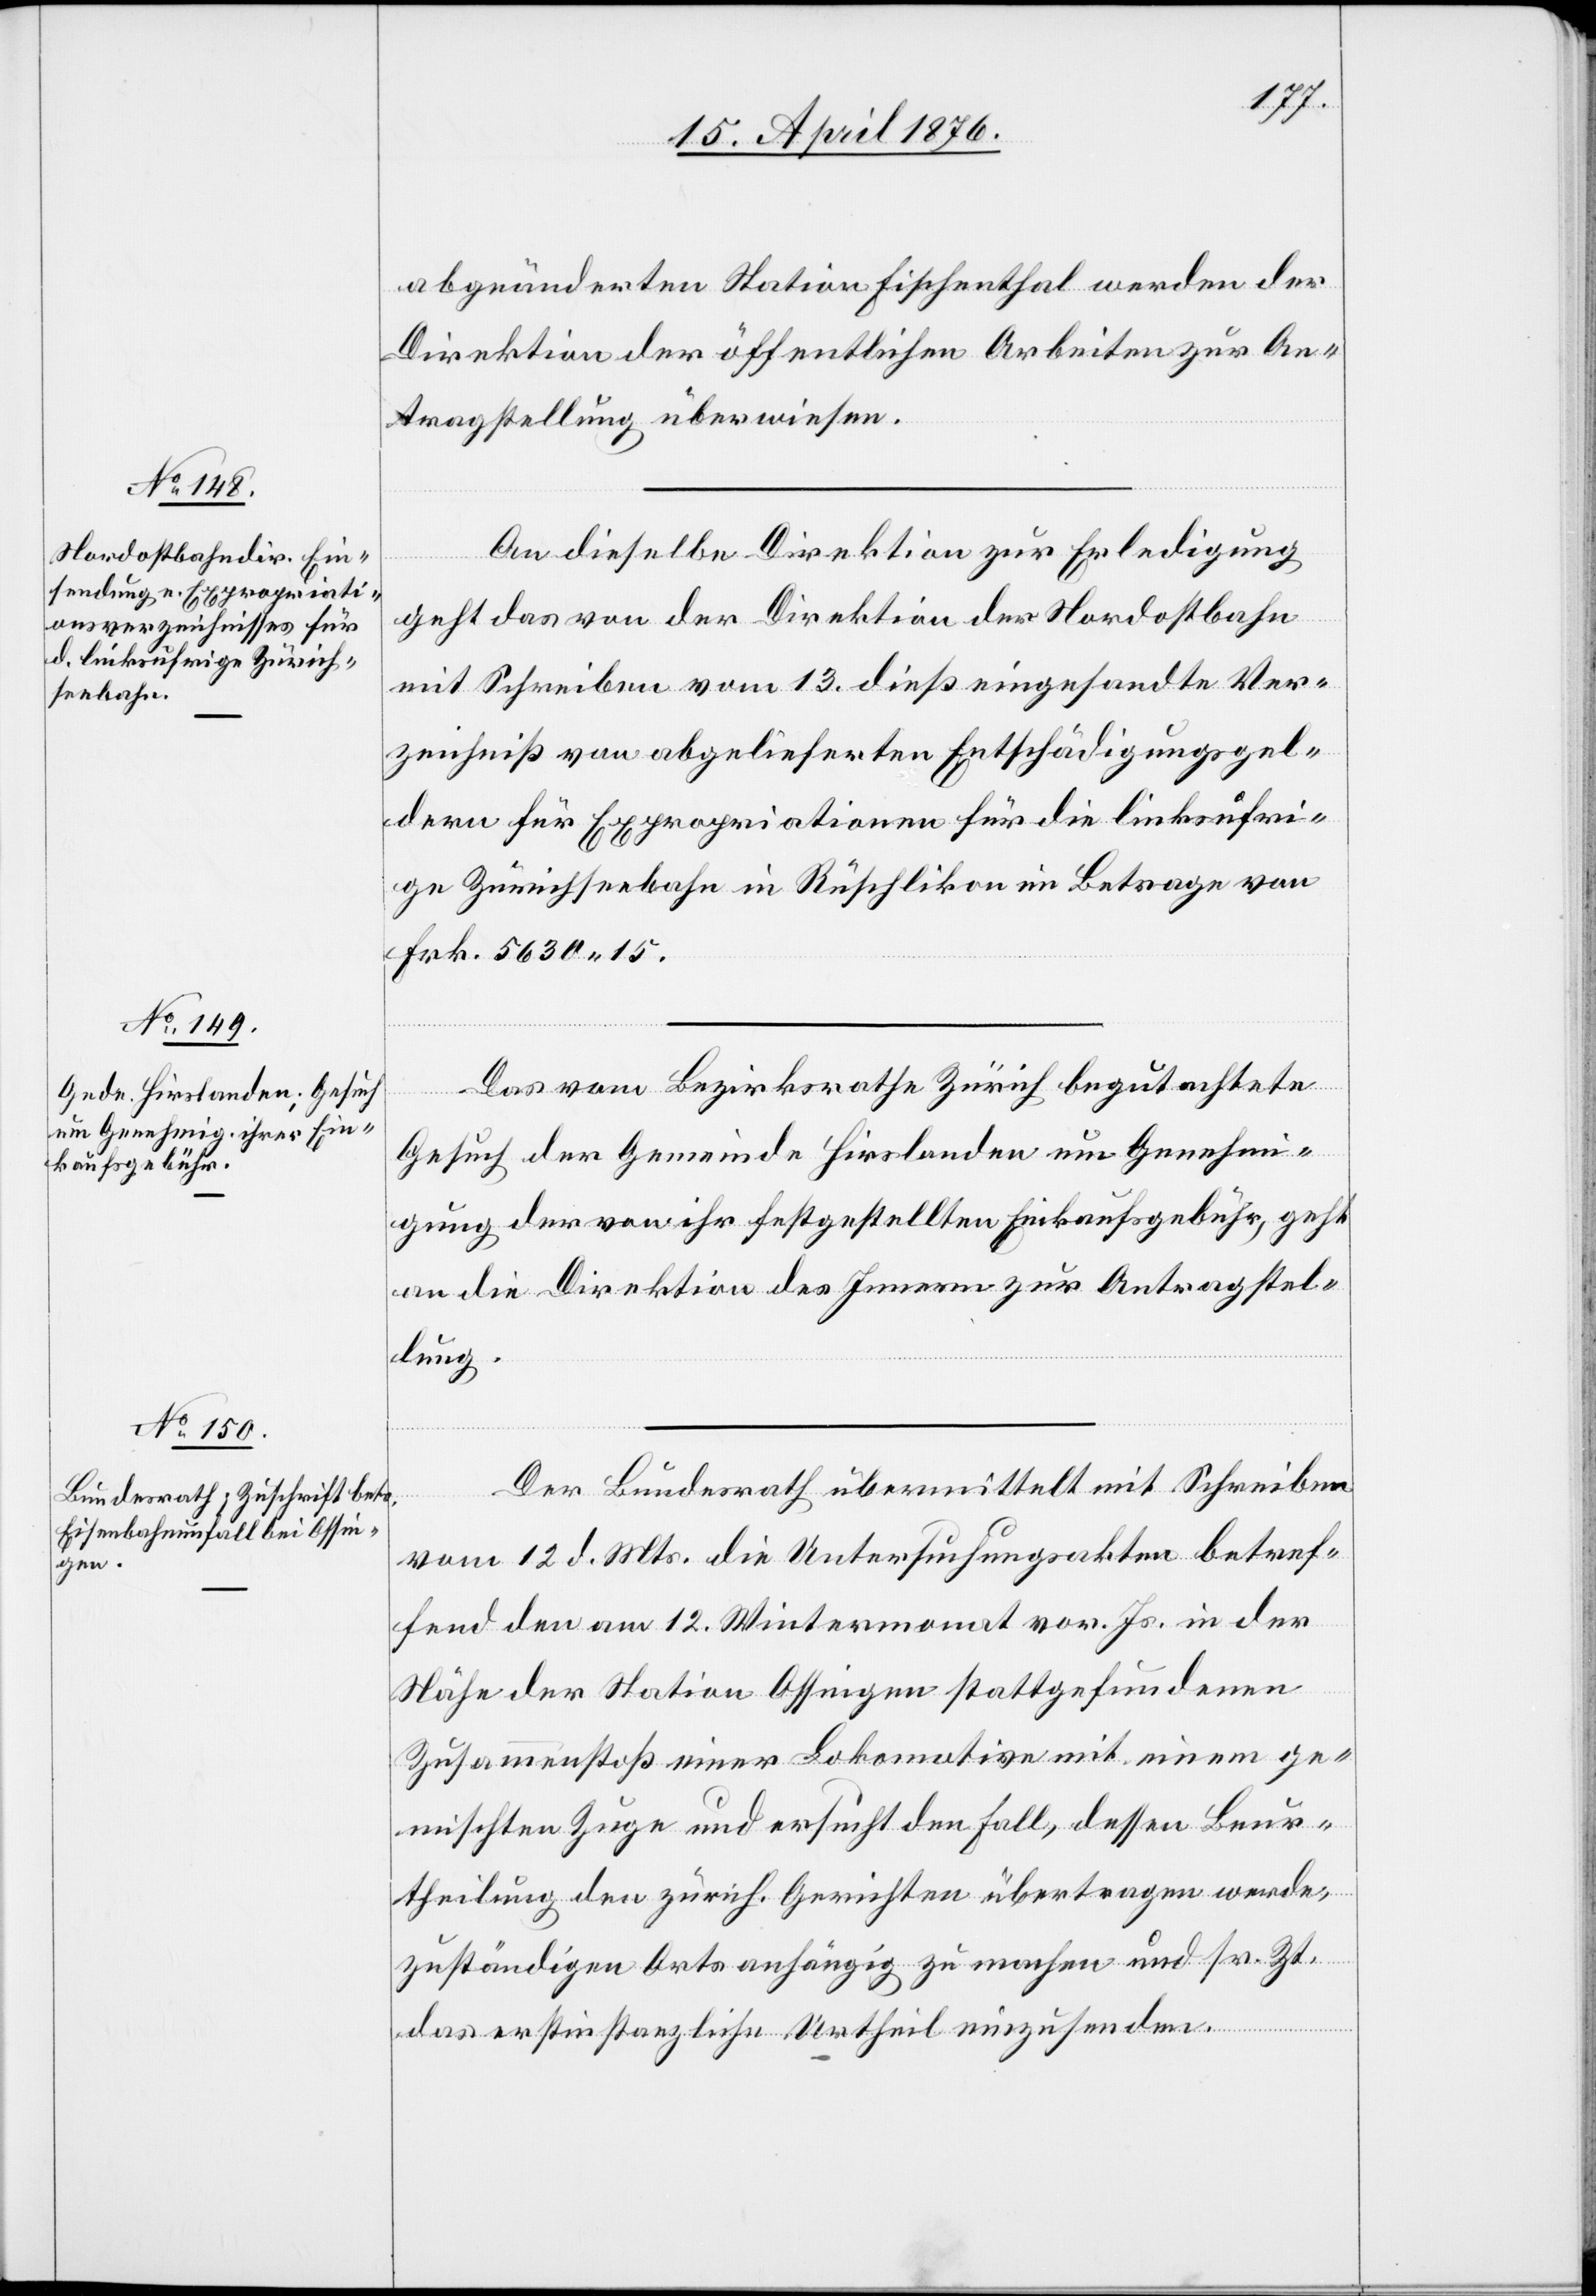
15. April 1876.]
abgeänderten Station Fischenthal werden der
Direktion der öffentlichen Arbeiten zur An¬
tragstellung überwiesen.
An dieselbe Direktion zur Erledigung
geht das von der Direktion der Nordostbahn
mit Schreiben vom 13. dieß eingesandte Ver¬
zeichnis von abgelieferten Entschädigungsgel¬
dern für Expropriationen für die linksufri¬
ge Zürichseebahn in Rüschlikon im Betrage von
Frk. 5630 15.
Das vom Bezirksrathe Zürich begutachtete
Gesuch der Gemeinde Hirslanden um Genehmi¬
gung der von ihr festgestellten Einkaufsgebühr, geht
an die Direktion des Innern zur Antragstel¬
lung.
Der Bundesrath übermittelt mit Schreiben
vom 12. d. Mts. die Untersuchungsakten betref¬
fend den am 12. Wintermonat vor. Js. in der
Nähe der Station Ossingen stattgefundenen
Zusammenstoß einer Lokomotive mit einem ge¬
mischten Zuge und ersucht den Fall, dessen Beur¬
theilung den zürch. Gerichten übertragen wurde,
zuständigen Orts anhängig zu machen und sr. Zt.
das erstinstanzliche Urtheil einzusenden.